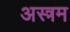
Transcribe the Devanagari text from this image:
अस्त्रम